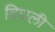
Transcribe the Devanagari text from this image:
दिधली